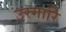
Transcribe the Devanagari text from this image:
उरगारि